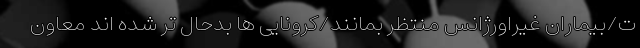
ت/بیماران غیراورژانس منتظر بمانند/کرونایی ها بدحال تر شده اند معاون